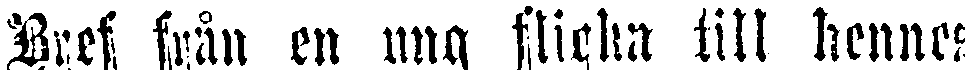
Bref från en ung flicka till hennes